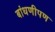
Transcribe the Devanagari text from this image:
बांधणीपण